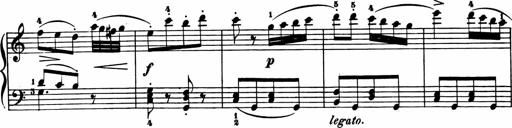
Title: 11 Sonatinas for Piano Solo
Composer: Anton Diabelli